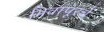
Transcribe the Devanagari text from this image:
भिवापूरचे